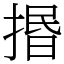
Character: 㨉